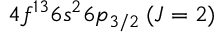
4 f ^ { 1 3 } 6 s ^ { 2 } 6 p _ { 3 / 2 } \: ( J = 2 )